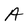
Character: A